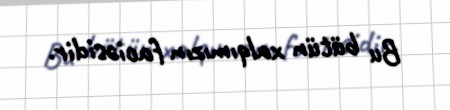
Bu bütün xalqımızın faciəsidir.